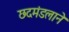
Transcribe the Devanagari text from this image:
छदमंडलाने